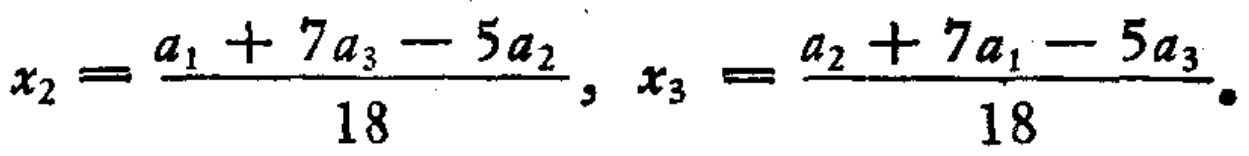
\[x_{2}=\frac{a_{1}+7a_{3}-5a_{2}}{18},\ x_{3}=\frac{a_{2}+7a_{1}-5a_{3}}{18}.\]